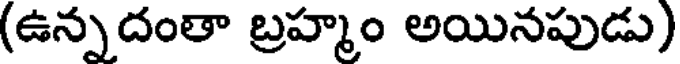
(ఉన్నదంతా బ్రహ్మం అయినపుడు)